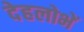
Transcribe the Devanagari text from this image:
देहलोभें